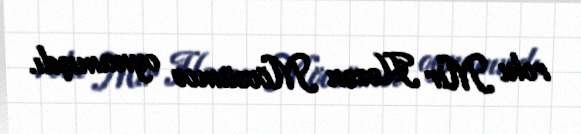
rolu Mir Həsən Mövsümov oynamışdı.